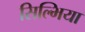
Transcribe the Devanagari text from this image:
सिल्भिया